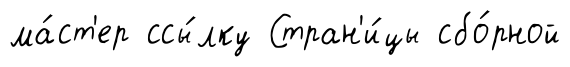
ма́ст'ер ссы́лку Стран'и́цы сбо́рной